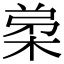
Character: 𭪗